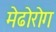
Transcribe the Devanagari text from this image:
मेढोरोग